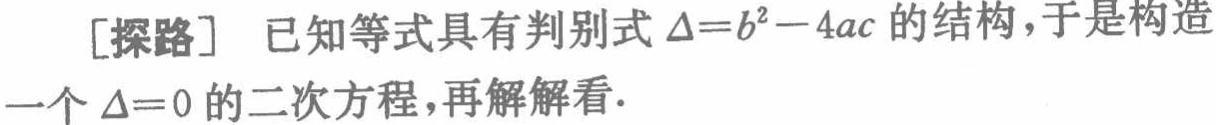
[探路] 已知等式具有判别式 \(\Delta = b^{2}-4ac\) 的结构，于是构造一个 \(\Delta = 0\) 的二次方程，再解解看.